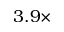
3 . 9 \times